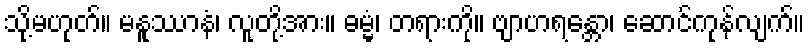
သို့မဟုတ်။ မနူဿာနံ၊ လူတို့အား။ ဓမ္မံ၊ တရားကို။ ဗျာဟရန္တော၊ ဆောင်ကုန်လျက်။